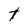
Character: t